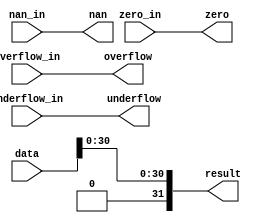
module  abs_s_altfp_abs_hfg
	( 
	data,
	nan,
	nan_in,
	overflow,
	overflow_in,
	result,
	underflow,
	underflow_in,
	zero,
	zero_in) ;
	input   [31:0]  data;
	output   nan;
	input   nan_in;
	output   overflow;
	input   overflow_in;
	output   [31:0]  result;
	output   underflow;
	input   underflow_in;
	output   zero;
	input   zero_in;
`ifndef ALTERA_RESERVED_QIS
// synopsys translate_off
`endif
	tri0   nan_in;
	tri0   overflow_in;
	tri0   underflow_in;
	tri0   zero_in;
`ifndef ALTERA_RESERVED_QIS
// synopsys translate_on
`endif

	wire  [31:0]  data_w;
	wire  gnd_w;

	assign
		data_w = {gnd_w, data[30:0]},
		gnd_w = 1'b0,
		nan = nan_in,
		overflow = overflow_in,
		result = data_w,
		underflow = underflow_in,
		zero = zero_in;
endmodule